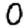
Digit: 0